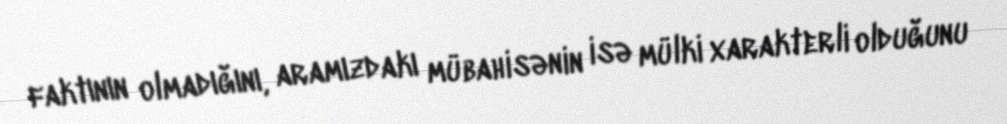
faktının olmadığını, aramızdakı mübahisənin isə mülki xarakterli olduğunu